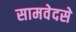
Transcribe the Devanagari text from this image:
सामवेदसे